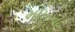
મધરના